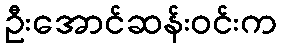
ဦးအောင်ဆန်းဝင်းက